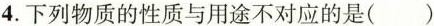
4. 下列物质的性质与用途不对应的是( )